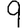
Digit: 9